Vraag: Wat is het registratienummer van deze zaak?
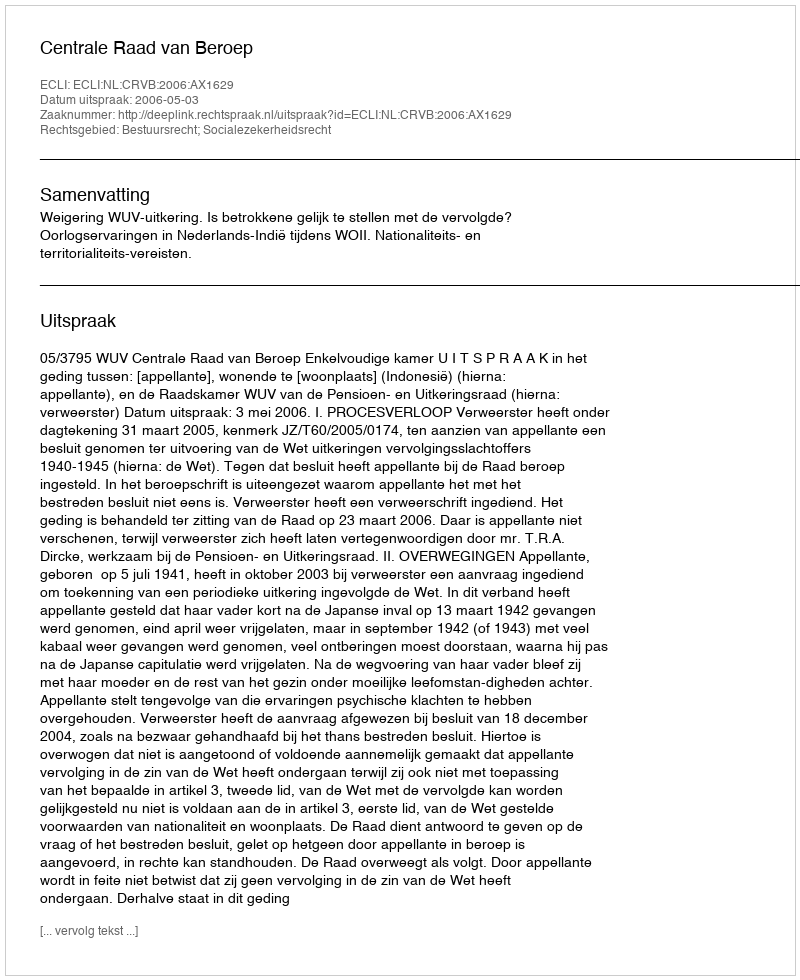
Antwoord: http://deeplink.rechtspraak.nl/uitspraak?id=ECLI:NL:CRVB:2006:AX1629